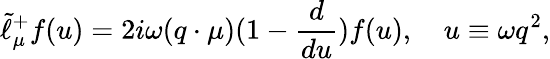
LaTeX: \tilde{\ell}_{\mu}^{+}f(u)=2i\omega(q\cdot\mu)(1-{\frac{d}{du}})f(u),\quad u\equiv\omega q^{2},